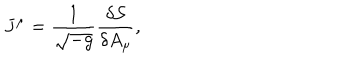
J ^ { \mu } = \frac { 1 } { \sqrt { - g } } \frac { \delta { \cal S } } { \delta A _ { \mu } } ,